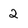
Character: 2